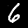
Label: 6